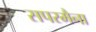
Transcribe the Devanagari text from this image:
सपरमैना